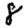
Digit: 8